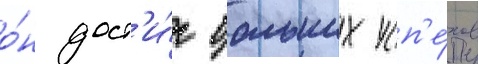
о́н дост'и́г больших усп'е́хов